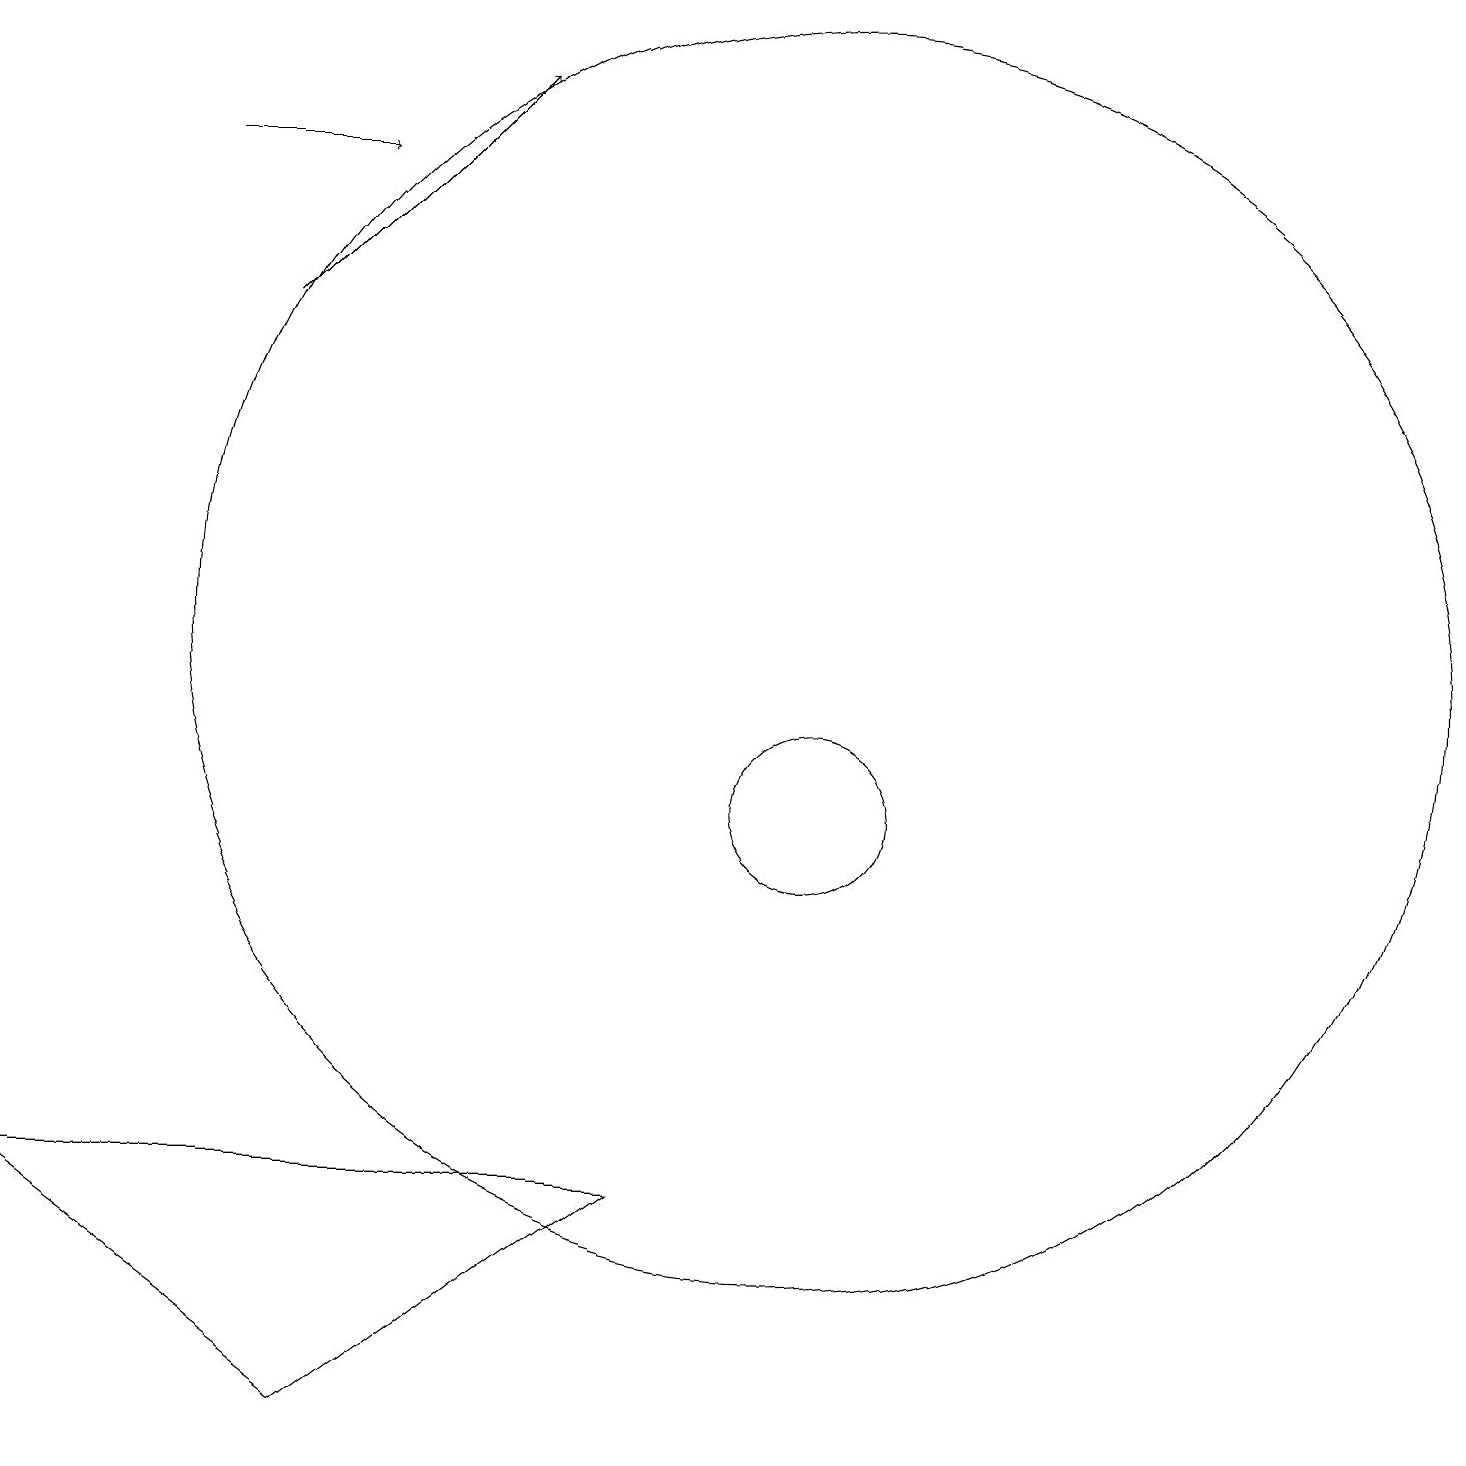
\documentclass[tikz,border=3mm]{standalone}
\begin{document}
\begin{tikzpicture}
\draw (11,12) circle (8);
\draw (5,2) -- (1,5) -- (9,5) -- cycle;
\draw[->] (3,18) -- (5,18);
\draw (11,10) circle (1);
\draw[->] (4,16) -- (7,19);
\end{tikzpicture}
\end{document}